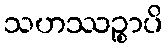
သဟဿဉ္စာပိ